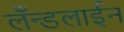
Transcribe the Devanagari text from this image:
लँन्डलाईन